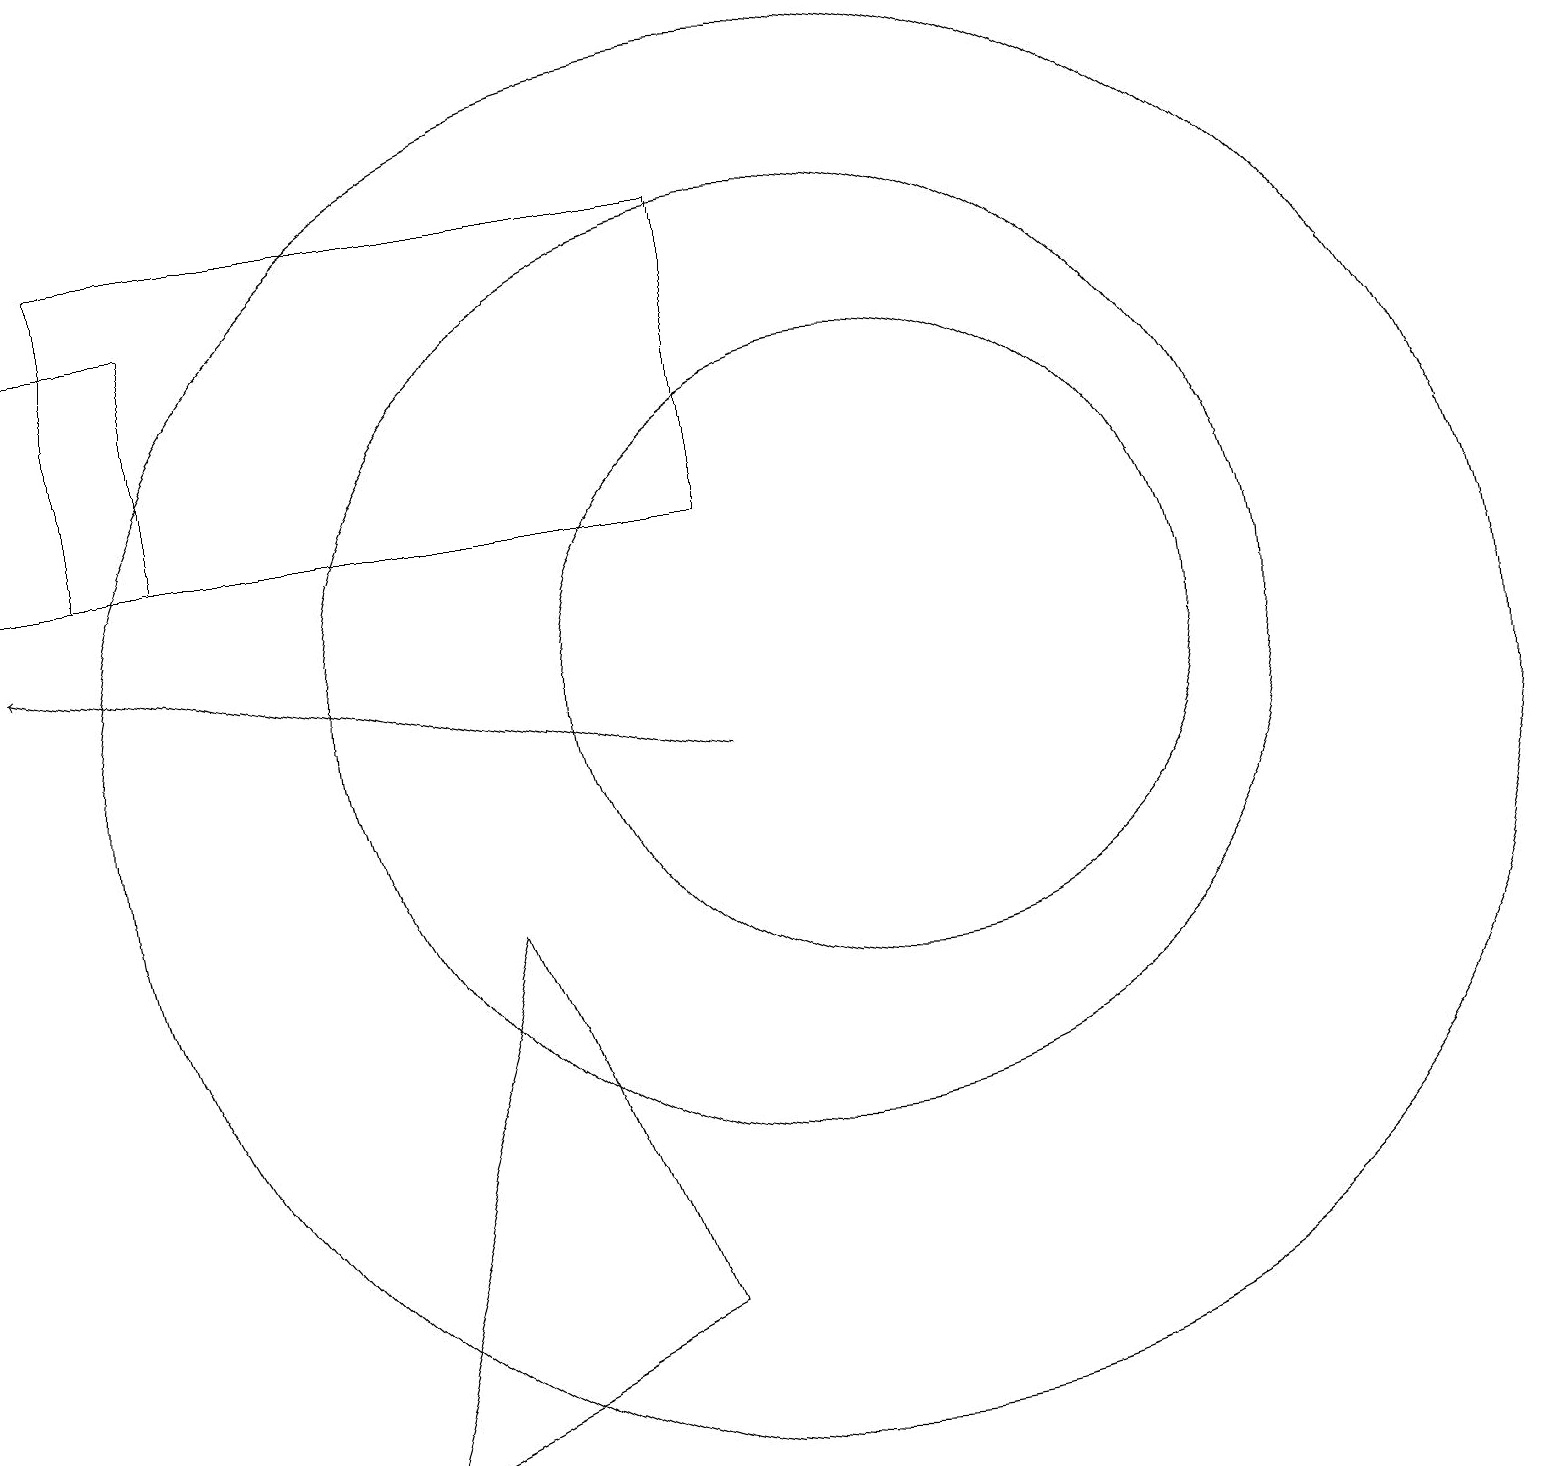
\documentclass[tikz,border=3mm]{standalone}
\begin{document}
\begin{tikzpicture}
\draw (1,13) rectangle (9,17);
\draw (10,10) circle (9);
\draw (11,11) circle (4);
\draw[->] (9,10) -- (0,12);
\draw (2,13) rectangle (0,16);
\draw (11,11) circle (0);
\draw (4,1) -- (8,3) -- (6,8) -- cycle;
\draw (10,11) circle (6);
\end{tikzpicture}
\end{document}